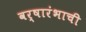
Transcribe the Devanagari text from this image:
वर्षारंभाची